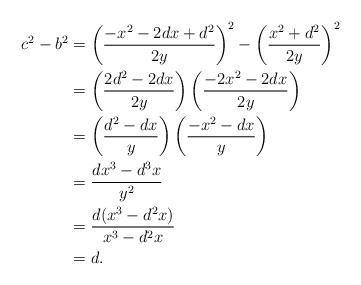
LaTeX: \begin{align*}c^{2}-b^{2} & =\left(\frac{-x^{2}-2dx+d^2}{2y}\right)^{2}-\left(\frac{x^{2}+d^2}{2y}\right)^{2}\\& = \left(\frac{2d^{2}-2dx}{2y}\right)\left(\frac{-2x^2-2dx}{2y}\right)\\& = \left(\frac{d^{2}-dx}{y}\right)\left(\frac{-x^2-dx}{y}\right)\\& = \frac{dx^3-d^{3}x}{y^2}\\& = \frac{d(x^3-d^{2}x)}{x^3-d^{2}x}\\& = d.\end{align*}